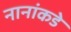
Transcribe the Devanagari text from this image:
नानांकडे